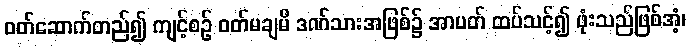
ဝတ်ဆောက်တည်၍ ကျင့်စဉ် ဝတ်မချမီ ဒဏ်သားအဖြစ်၌ အာပတ် ထပ်သင့်၍ ဖုံးသည်ဖြစ်အံ့၊